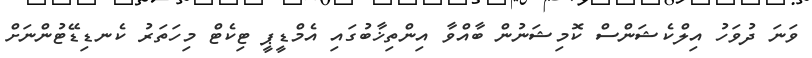
ވަނަ ދުވަހު އިލްކެޝަންސް ކޮމިޝަނުން ބާއްވާ އިންތިޚާބުގައި އެމްޑީޕީ ޓިކެޓް މިހަތަރު ކެނޑިޑޭޓުންނަށް